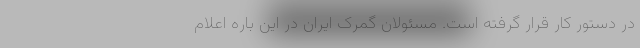
در دستور کار قرار گرفته است. مسئولان گمرک ایران در این باره اعلام